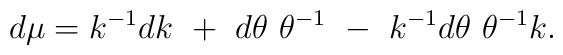
d \mu = k^{-1} dk ~+~ d \theta ~\theta ^{-1} ~-~	k^{-1} d \theta ~\theta ^{-1} k.